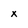
Character: x